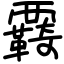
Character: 覉